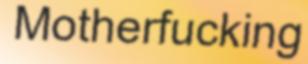
Motherfucking